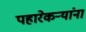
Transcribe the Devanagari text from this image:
पहारेकऱ्यांना